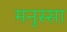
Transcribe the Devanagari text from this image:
मनुस्सा